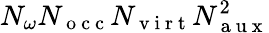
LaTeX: N_{\omega}N_{\mathrm{~o~c~c~}}N_{\mathrm{~v~i~r~t~}}N_{\mathrm{~a~u~x~}}^{2}